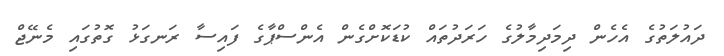
ދައުލަތުގެ އެހެން ދިމަދިމާލުގެ ހަރަދުތައް ކުޑަކޮށްގެން އެންސްޕާގެ ފައިސާ ރަނގަޅު ގޮތުގައި މެނޭޖް